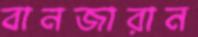
বানজারান